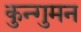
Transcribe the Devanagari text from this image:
कुन्गुमन